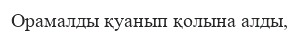
Орамалды қуанып қолына алды,